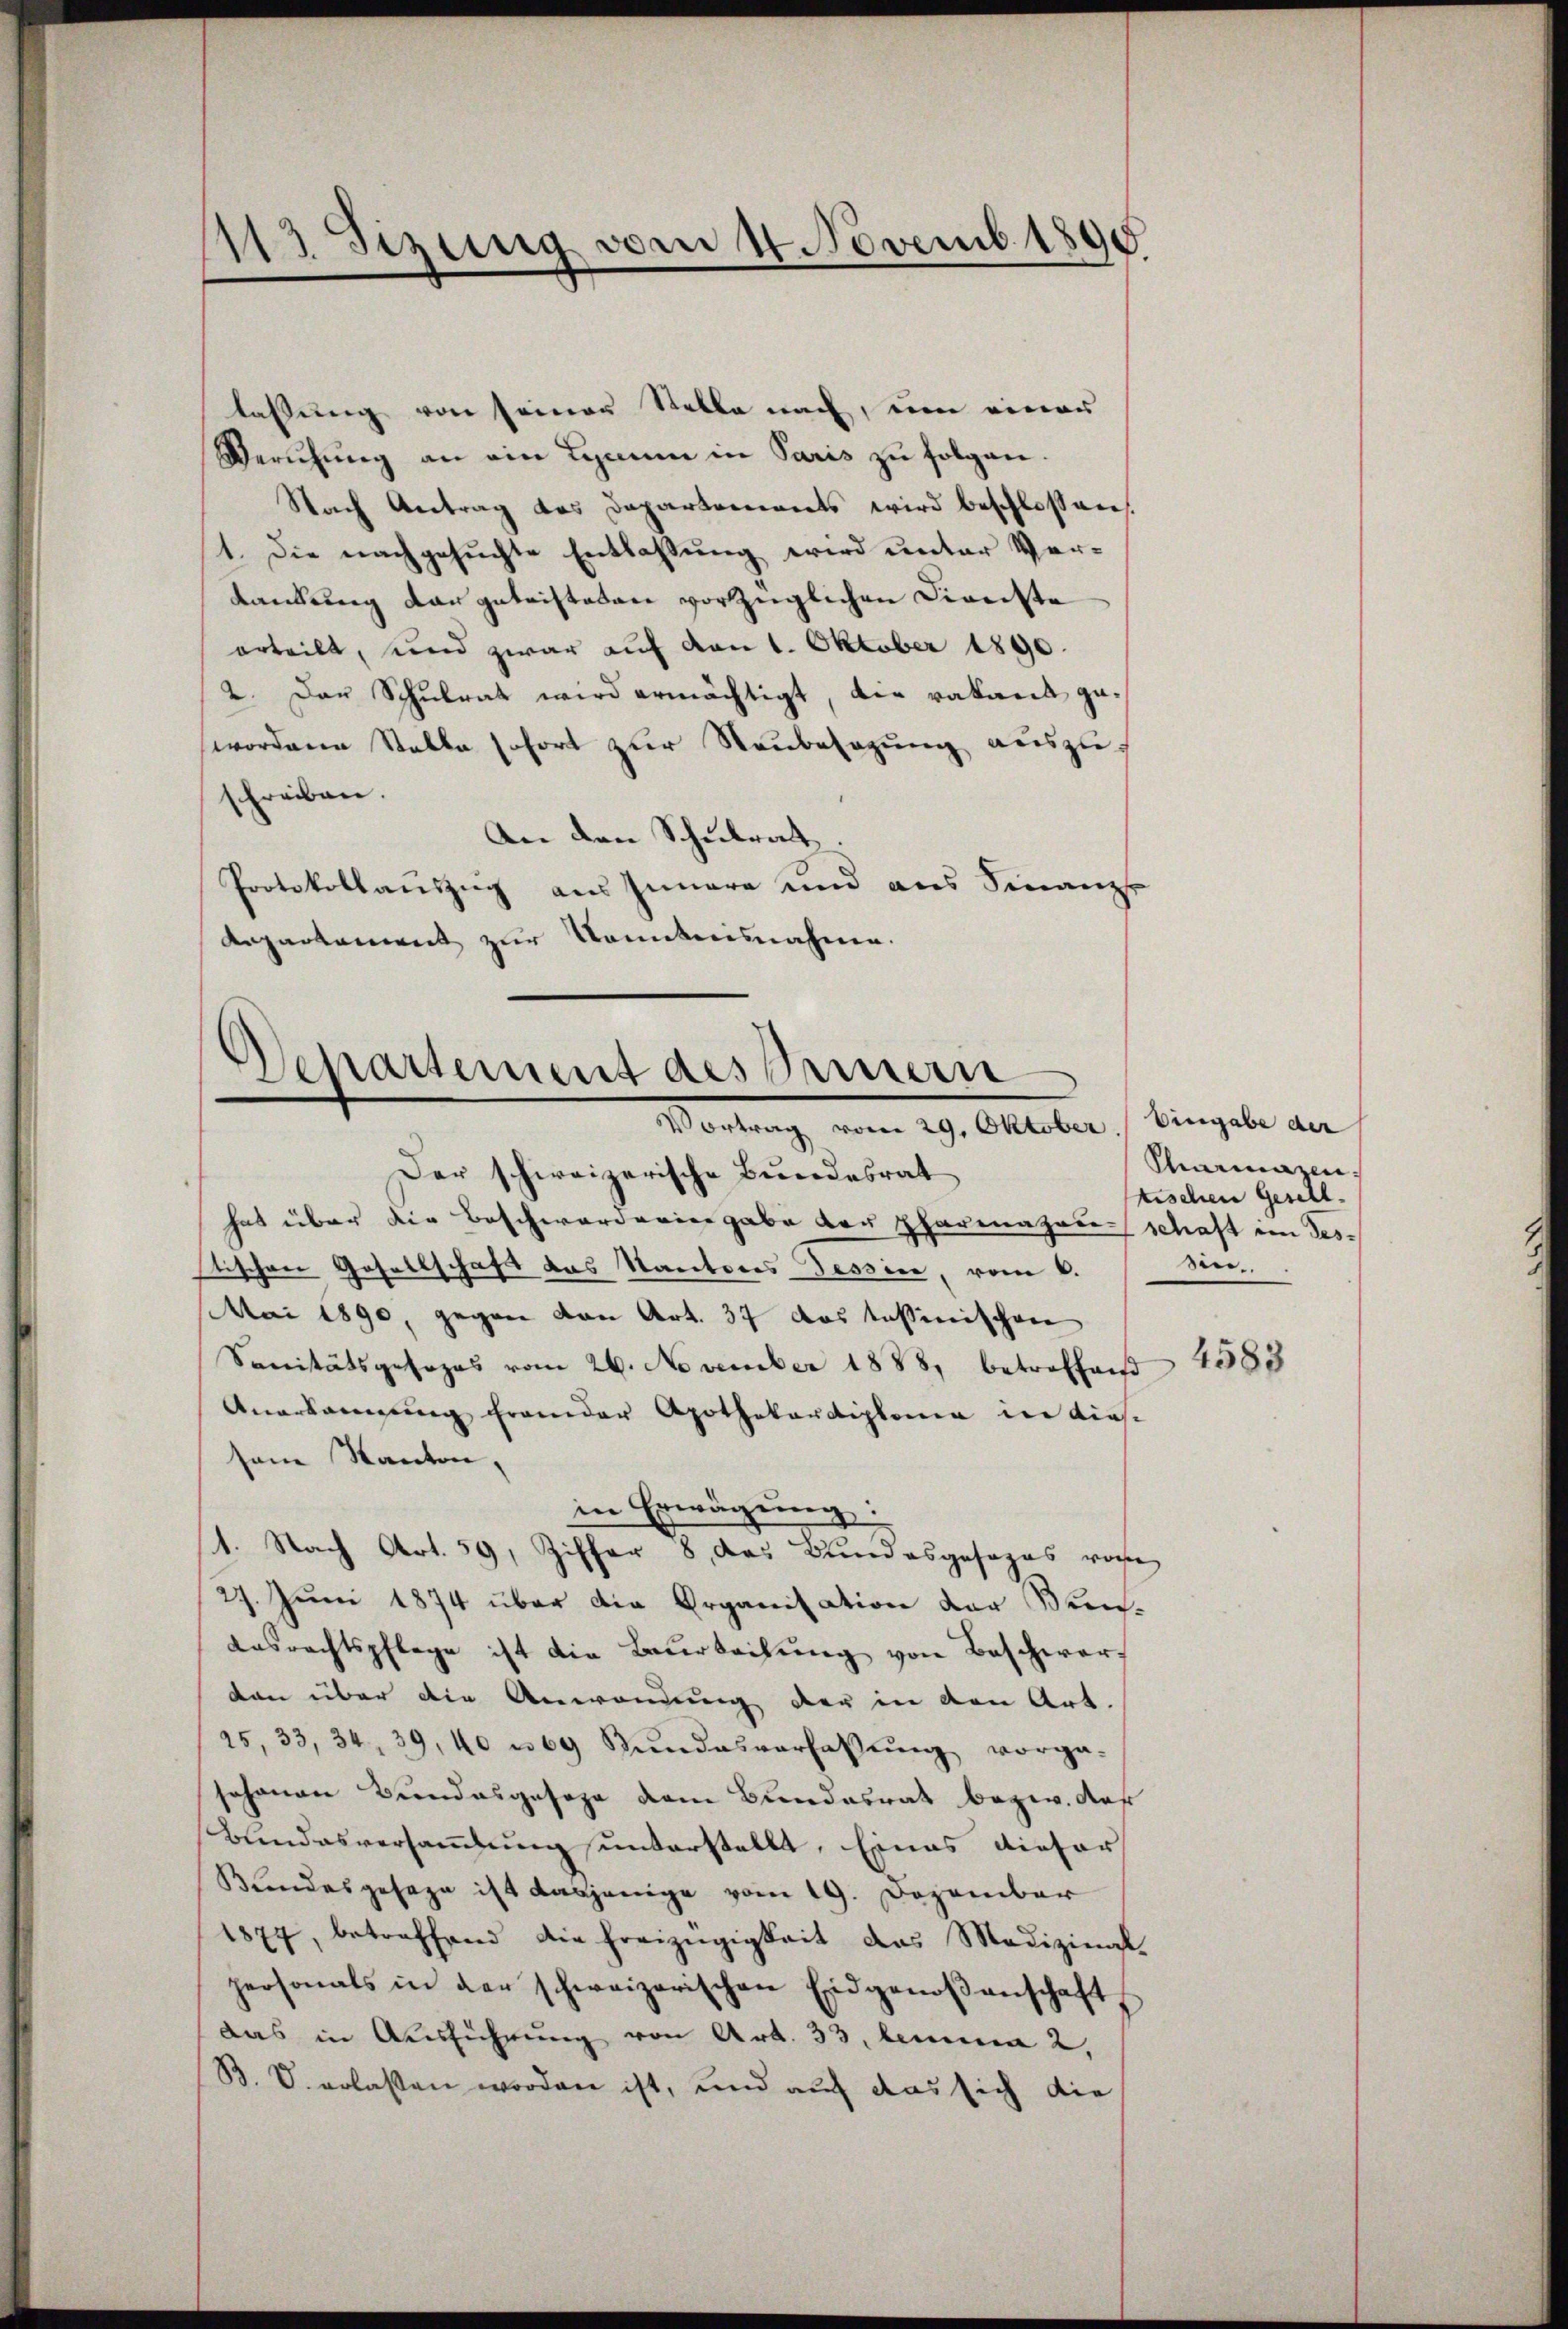
113 Sezung vom 4. Novemb. 1890

lassung von seiner Stelle nach, um einer
Berŭhŭng an ein Lamm in Paris zu folgen.
Nach Antrag des Departements wird beschlossnen.
1. Die nachgesuchte Entlassung wird unter Ver¬
Kankung der getristeten vorzüglichen Diverste
erteilt, und zwar auf von 1. Oktober 1890.
2. Das Schulrat wird ermächtigt, die rataris gewordene Stelle sofort zŭr Neŭbesagŭng auszuschreiben.
An den Schulrat.
Protokollauszug aus Innere und aus Finanz
Repartement zur Kenntnisnahmen.

Departement des Innern
Vortrag vom 29. Oktober.   Eingabe der

Der schweizerische Bundesrat
hat über die Beschwarderiergabe der Pharmazon schaft im destischen Gesellschaft das Kantons Tessin, vom 6.
MMai 1890, gegen von Art. 37 das Teßinischen
Sanitätsgesezes vom 29. November 1888 betreffend
Anerkennung frander Apothekardiplomea in diessene Kanton,
in Erwägŭng:
1. Nach Art. 59, Ziffer 8, das Bundesgesages vorhe
27. Juni 1874 über die Organisation der Bun¬
Ausrechtspflege ist die Beurteilung von Beschwerf
den über die Anwendung der in den Art.
25, 33, 34, 39, 40 u 69 Bŭndesverfassŭng vorga-
Johanen Bundesgesage dem Bundesrat bezw. der
Bundesversammlung unterstellt, Eines dieser
Bundesgesage ist dasjenige vom 19. Dezember
1877, betreffend die Freizügigkeit das Medizinal-
personals in der schweizerischen Eidgenoßenschaft,
das in Ausführŭng von Art. 33, lemma 2.
B. V. erlassen worden ist, und auf das sich die

Marmazen.
tischen Gesell-
Sin..

4583